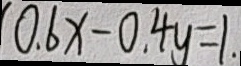
0 . 6 x - 0 . 4 y = 1 .